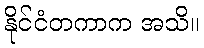
နိုင်ငံတကာက အသိ။